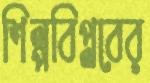
শিল্পবিপ্লবের